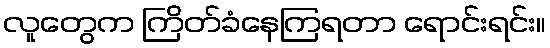
လူတွေက ကြိတ်ခံနေကြရတာ ရောင်းရင်း။